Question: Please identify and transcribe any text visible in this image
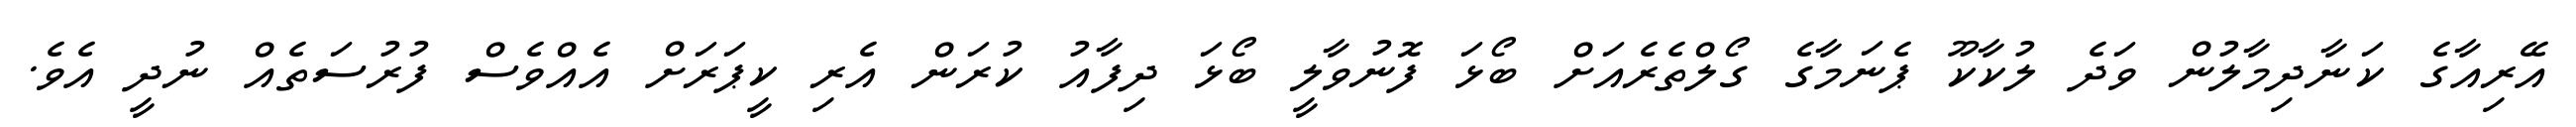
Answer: އޭރިއާގެ ކަނާދިމާލުން ވަދެ ލުކާކޫ ޕެނަމާގެ ގޯލްތެރެއަށް ބޯޅަ ފޮނުވާލީ ބޯޅަ ދިފާއު ކުރަން އެރި ކީޕަރަށް އެއްވެސް ފުރުސަތެއް ނުދީ އެވެ.